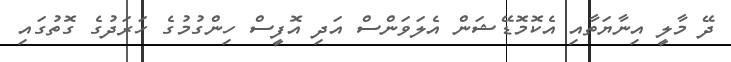
ދޭ މާލީ އިނާޔަތާއި އެކޮމޮޑޭޝަން އެލަވަންސް އަދި އޮފީސް ހިންގުމުގެ ހަރަދުގެ ގޮތުގައި